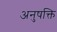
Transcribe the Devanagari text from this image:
अनुषक्ति